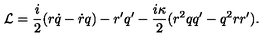
{ \cal L } = \frac { i } { 2 } ( r \dot { q } - \dot { r } q ) - r ^ { \prime } q ^ { \prime } - \frac { i \kappa } { 2 } ( r ^ { 2 } q q ^ { \prime } - q ^ { 2 } r r ^ { \prime } ) .